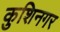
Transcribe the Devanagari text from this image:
कुशिनगर